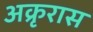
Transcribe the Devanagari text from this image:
अक्रृरास